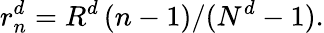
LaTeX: r_{n}^{d}=R^{d}\left(n-1\right)/(N^{d}-1).